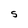
Character: S